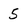
Character: 5